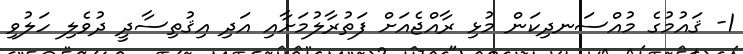
1- ޤައުމުގެ މުއްސަނދިކަން މުޅި ރާއްޖެއަށް ފަތުރާލުމަށާއި އަދި އިޤުތިސާދީ ދުވެލި ހަލުވި